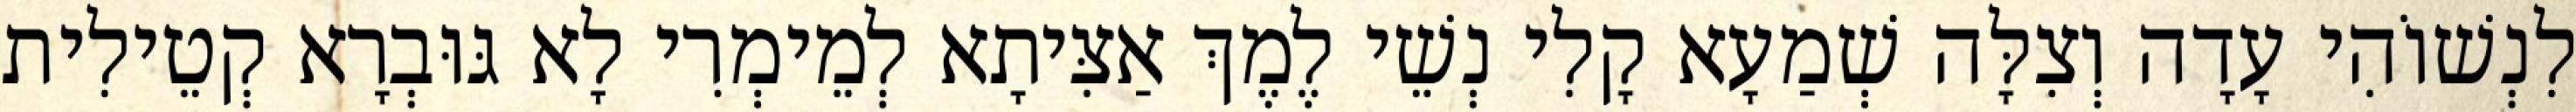
לִנְשׁוֹהִי עָדָה וְצִלָּה שְׁמַעָא קָלִי נְשֵׁי לֶמֶךְ אַצִּיתָא לְמֵימְרִי לָא גּוּבְרָא קְטֵילִית